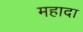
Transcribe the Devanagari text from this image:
महादा